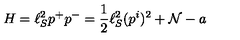
H = \ell _ { S } ^ { 2 } p ^ { + } p ^ { - } = \frac { 1 } { 2 } \ell _ { S } ^ { 2 } ( p ^ { i } ) ^ { 2 } + { \cal N } - a